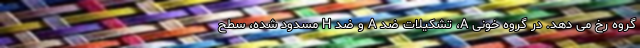
گروه رخ می دهد. در گروه خونی A، تشکیلات ضد A و ضد H مسدود شده، سطح